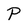
Character: P